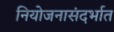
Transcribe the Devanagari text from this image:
नियोजनासंदर्भात